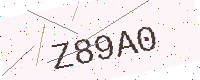
Text: Z89A0